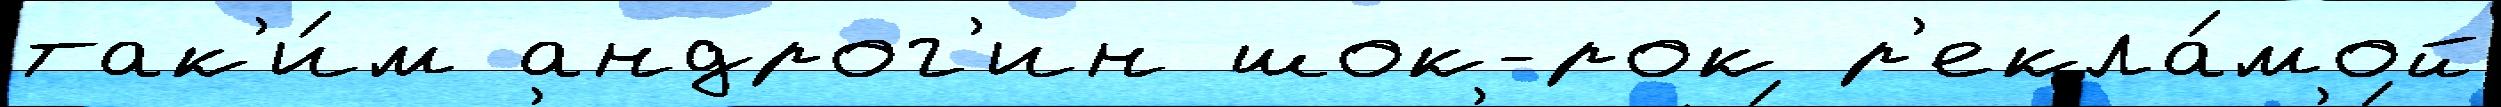
так'и́м андрог'ин шок-рок р'екла́мой